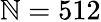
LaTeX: \mathbb{N}=512